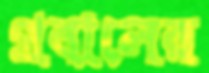
প্রবালের